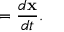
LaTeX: = { \frac { d \mathbf { x } } { d t } } .